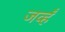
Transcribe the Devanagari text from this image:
जव्हँ